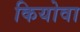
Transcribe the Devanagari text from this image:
कियोवा